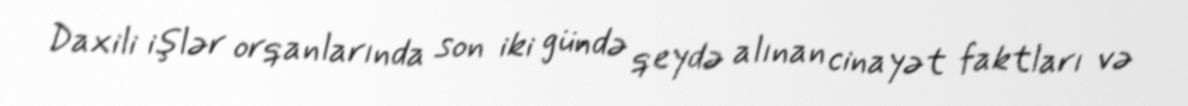
Daxili işlər orqanlarında son iki gündə qeydə alınan cinayət faktları və